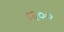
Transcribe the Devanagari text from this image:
९६००